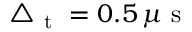
\triangle _ { \mathrm { ~ t ~ } } = 0 . 5 \, \mu \mathrm { ~ s ~ }